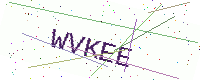
Text: WVKEE